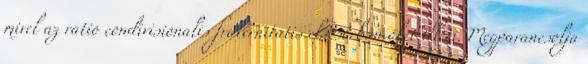
mivel az ratio condivisionalis fraternitatis elsősorban őket illeti. Megparancsolja